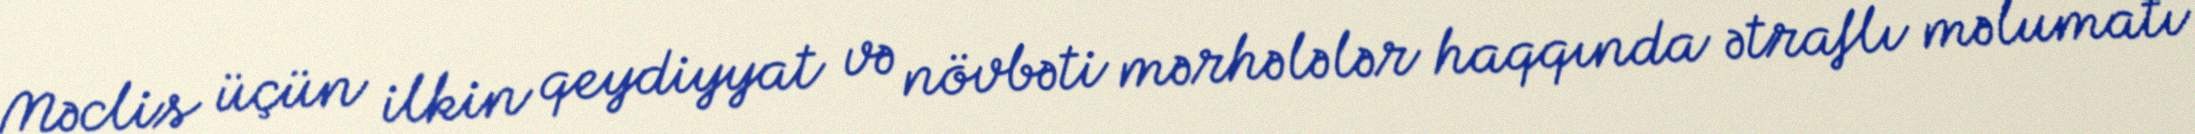
Məclis üçün ilkin qeydiyyat və növbəti mərhələlər haqqında ətraflı məlumatı